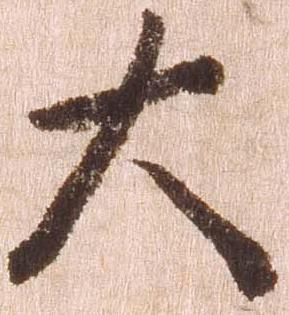
大